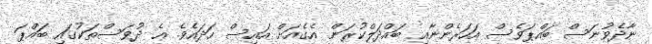
ނާދެވުނަސް ބައްޕަވެސް އަހަރެންނާއި ބައްދަލްކުރަން އެގެއަށް އައިސް ހަދައެވެ. އެ ދުވަސްތަކުގައި ބައްޕަ